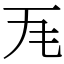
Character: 𭺜